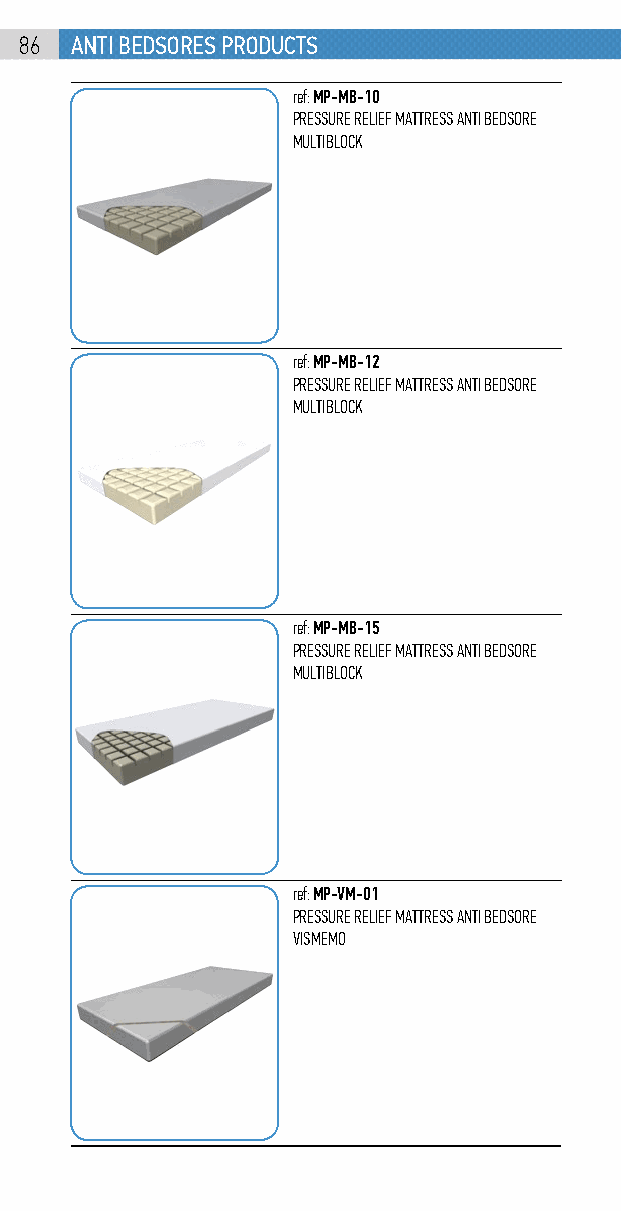
86  anti bEdsorEs products
 ref: MP-MB-10
 PRESSURE RELIEF MATTRESS ANTI BEDSORE
 MULTIBLOCK
 ref: MP-MB-12
 PRESSURE RELIEF MATTRESS ANTI BEDSORE
 MULTIBLOCK
 ref: MP-MB-15
 PRESSURE RELIEF MATTRESS ANTI BEDSORE
 MULTIBLOCK
 ref: MP-VM-01
 PRESSURE RELIEF MATTRESS ANTI BEDSORE
 VISMEMO